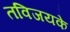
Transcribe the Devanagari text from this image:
तविजयके